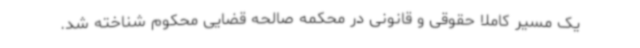
یک مسیر کاملا حقوقی و قانونی در محکمه صالحه قضایی محکوم شناخته شد.